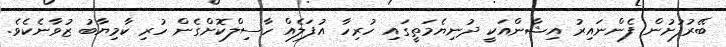
ބޭރުފުށުން ފެންނައިރު އިޝާންއަކީ ދުނިޔެމަތީގައި ހުރިހާ އުފަލެއް ހާސިލްކޮށްގެން ހުރި ކާމިޔާބު ޒުވާނެކެވެ.